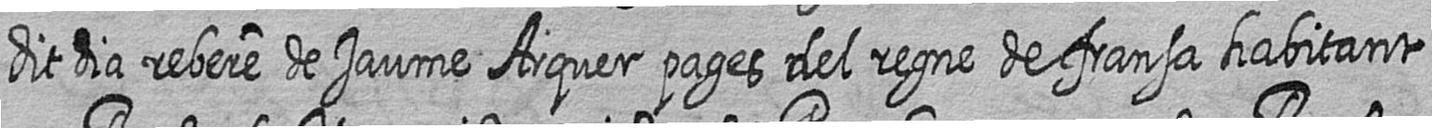
dit dia rebere de Jaume Arquer pages del regne de fransa habitant